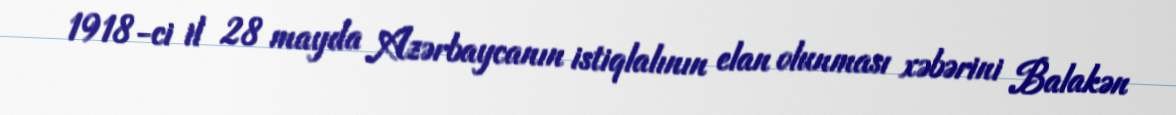
1918-ci il 28 mayda Azərbaycanın istiqlalının elan olunması xəbərini Balakən